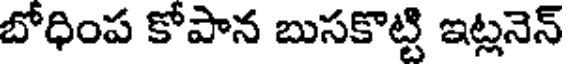
బోధింప కోపాన బుసకొట్టి ఇట్లనెన్